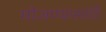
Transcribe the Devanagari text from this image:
मोजण्यासाठि